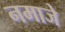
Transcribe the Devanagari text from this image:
नमाजे